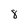
Character: 8